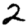
Digit: 2